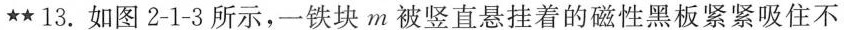
★★13.如图2-1-3所示，一铁块m被竖直悬挂着的磁性黑板紧紧吸住不